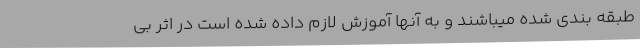
طبقه ‌بندی شده میباشند و به آنها آموزش لازم داده شده است در اثر ‌بی‌